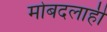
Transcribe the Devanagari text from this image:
मोबदलाही